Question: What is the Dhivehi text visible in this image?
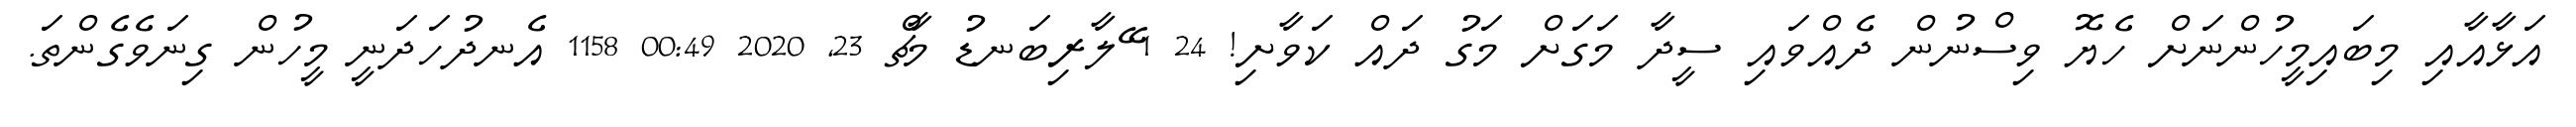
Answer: އަޅާއާއި މިބައިމީހުންނަށް ހެޔޮ ވިސްނުން ދެއްވައި ސީދާ މަގަށް މަގު ދައް ކަވާށި! 24 1 ޭލާރިބަނޑު މާޗް 23, 2020 00:49 1158 އެނދުހަދަނީ މީހުން ގިނަވެގެންތަ.